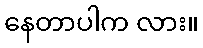
နေတာပါက လား။